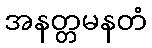
အနတ္တမနတံ